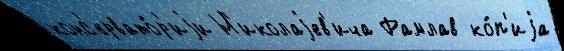
конс'ервато́р'иjи Н'иколаjев'ича Рамлав ко́п'иjа